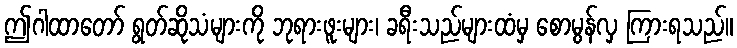
ဤဂါထာတော် ရွတ်ဆိုသံများကို ဘုရားဖူးများ၊ ခရီးသည်များထံမှ စောမွန်လှ ကြားရသည်။